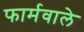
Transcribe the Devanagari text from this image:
फार्मवाले